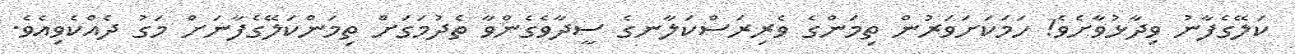
ކަލޭގެފާނު ވިދާޅުވާށެވެ! ހަމަކަށަވަރުން ތިމަންގެ ވެރިރަސްކަލާނގެ ސީދާވެގެންވާ ތެދުމަގަށް ތިމަންކަލޭގެފާނަށް މަގު ދެއްކެވިއެވެ.